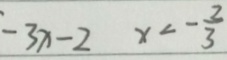
- 3 x - 2 x < - \frac { 2 } { 3 }